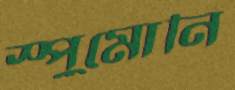
স্পুমোনি